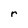
Character: r